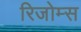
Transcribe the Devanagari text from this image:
रिजोम्‍स